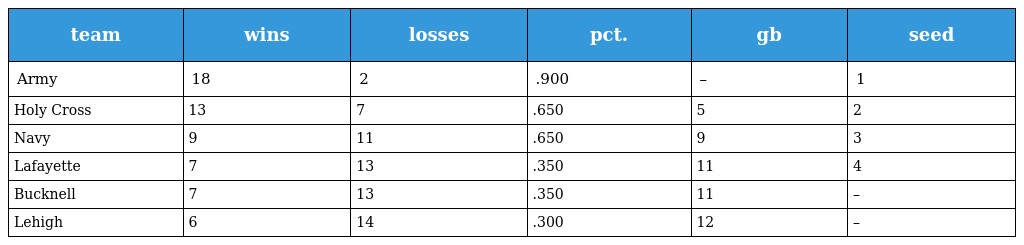
| team | wins | losses | pct. | gb | seed |
 | --- | --- | --- | --- | --- | --- |
 | Army | 18 | 2 | .900 | – | 1 |
 | Holy Cross | 13 | 7 | .650 | 5 | 2 |
 | Navy | 9 | 11 | .650 | 9 | 3 |
 | Lafayette | 7 | 13 | .350 | 11 | 4 |
 | Bucknell | 7 | 13 | .350 | 11 | – |
 | Lehigh | 6 | 14 | .300 | 12 | – |